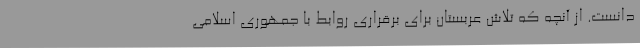
دانست. از آنچه که تلاش عربستان برای برقراری روابط با جمهوری اسلامی